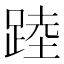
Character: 踛